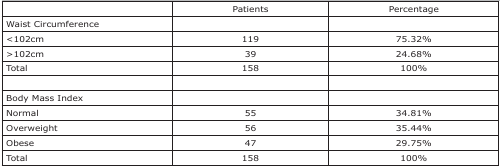
|  | Patients | Percentage |
 | --- | --- | --- |
 | Waist Circumference |  |  |
 | <102cm | 119 | 75.32% |
 | >102cm | 39 | 24.68% |
 | Total | 158 | 100% |
 |  |  |  |
 | Body Mass Index |  |  |
 | Normal | 55 | 34.81% |
 | Overweight | 56 | 35.44% |
 | Obese | 47 | 29.75% |
 | Total | 158 | 100% |